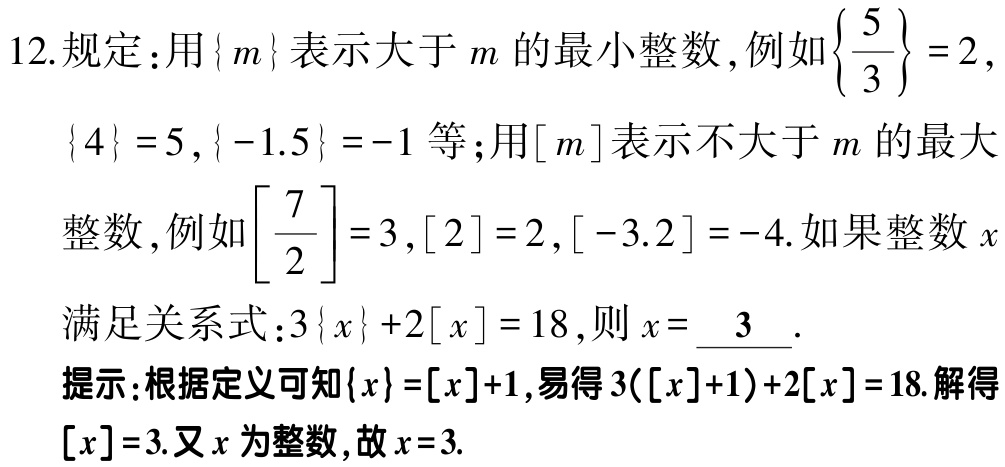
12.规定：用\(\{m\}\)表示大于\(m\)的最小整数，例如\(\left\{\frac{5}{3}\right\}=2\)，\(\{4\}=5\)，\(\{-1.5\}=-1\)等；用\([m]\)表示不大于\(m\)的最大整数，例如\(\left[\frac{7}{2}\right]=3\)，\([2]=2\)，\([-3.2]=-4\).如果整数\(x\)满足关系式：\(3\{x\}+2[x]=18\)，则\(x = \underline{3}\).

提示：根据定义可知\(\{x\}=[x]+1\)，易得\(3([x]+1)+2[x]=18\).解得\([x]=3\).又\(x\)为整数，故\(x = 3\).